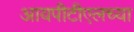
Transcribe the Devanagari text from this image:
आयपीटीएलच्या